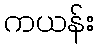
ကယန်း